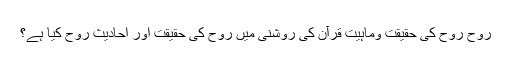
روح روح کی حقیقت وماہیت قرآن کی روشنی میں روح کی حقیقت اور احادیث رُوح کیا ہے؟